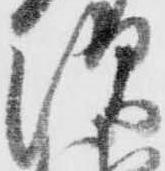
須